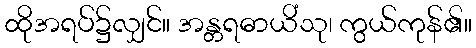
ထိုအရပ်၌လျှင်။ အန္တရဓာယိံသု၊ ကွယ်ကုန်၏။